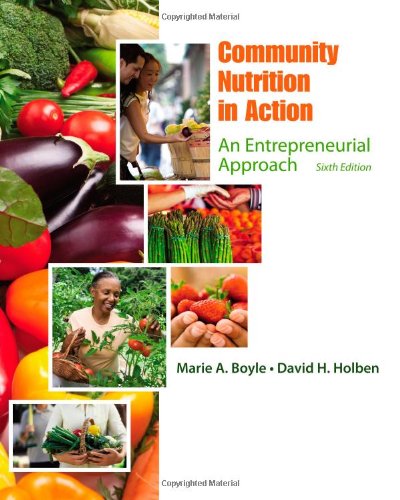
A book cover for Community Nutrition in Action: An Entrepreneurial Approach; Marie A. Boyle; Medical Books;